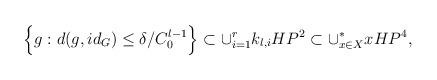
LaTeX: \begin{align*}\Big \{g: d(g,id_G)\le \delta/C_0^{l-1} \Big \} \subset \cup_{i=1}^r k_{l,i}HP^2 \subset \cup_{x\in X}^\ast x HP^4,\end{align*}